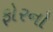
ફોરનો